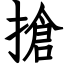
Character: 搶